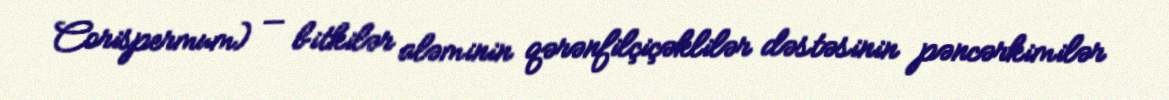
Corispermum) — bitkilər aləminin qərənfilçiçəklilər dəstəsinin pəncərkimilər